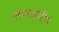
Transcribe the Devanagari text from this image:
सप्तशृंगीने